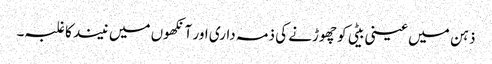
ذہن میں عینی بیٹی کو چھوڑنے کی ذمہ داری اور آنکھوں میں نیند کا غلبہ۔